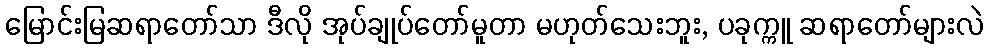
မြောင်းမြဆရာတော်သာ ဒီလို အုပ်ချုပ်တော်မူတာ မဟုတ်သေးဘူး, ပခုက္ကူ ဆရာတော်များလဲ